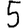
Digit: 5